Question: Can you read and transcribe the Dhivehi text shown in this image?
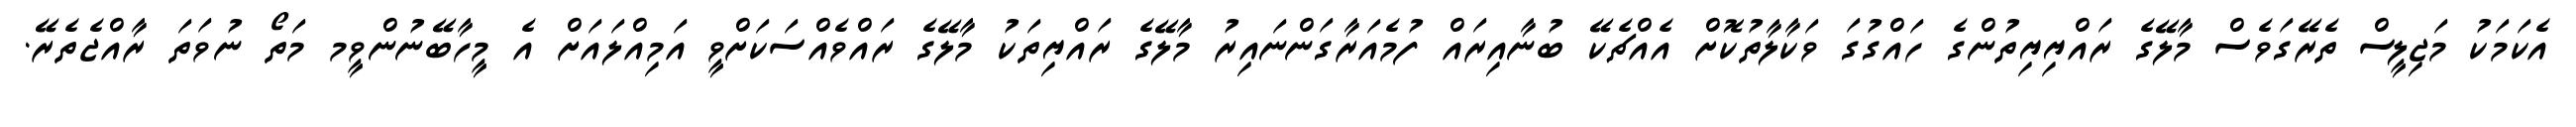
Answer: އެކަމަކު މަޖިލީސް ތެރޭގަވެސް މާލޭގެ ރައްޔިޔިތުންގެ ހައްގުގަ ވަކާލާތުކޮށް އެއްޗެކޭ ބުނާއިރައް ފުމެއަރާގަންނައިރު މާލޭގެ ރައްޔިތަކު މާލޭގެ ރައްވެއްސަކަށްވީ އަމިއްލައަށް އެ މީހާބޭނުންވީމ މަތޯ ނުވަތަ ރާއްޖެތެރޭ.